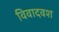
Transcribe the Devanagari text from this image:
विवादवश